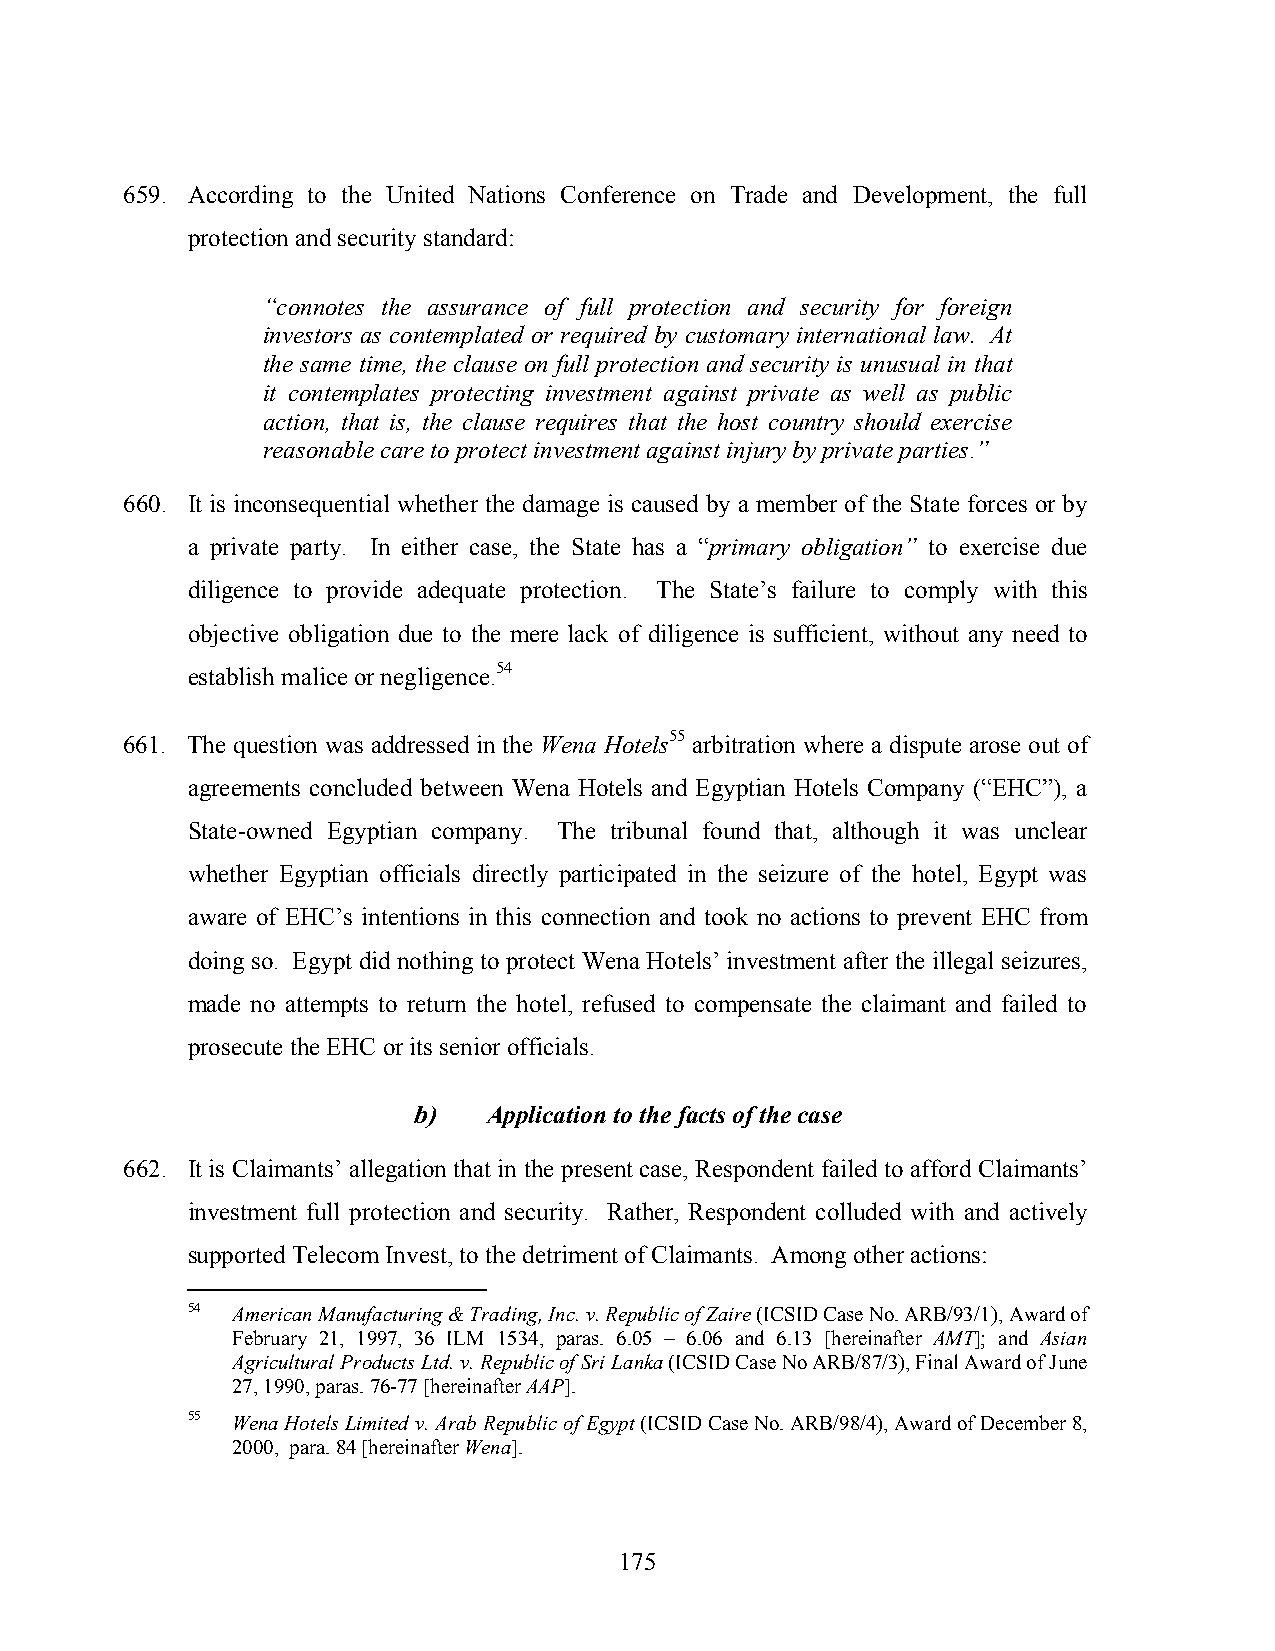
659. According to the United Nations Conference on Trade and Development, the full
 protection and security standard:
 “connotes the assurance of full protection and security for foreign
 investors as contemplated or required by customary international law. At
 the same time, the clause on full protection and security is unusual in that
 it contemplates protecting investment against private as well as public
 action, that is, the clause requires that the host country should exercise
 reasonable care to protect investment against injury by private parties.”
 660. It is inconsequential whether the damage is caused by a member of the State forces or by
 a private party. In either case, the State has a “primary obligation” to exercise due
 diligence to provide adequate protection. The State’s failure to comply with this
 objective obligation due to the mere lack of diligence is sufficient, without any need to
 establish malice or negligence.54
 661. The question was addressed in the Wena Hotels55 arbitration where a dispute arose out of
 agreements concluded between Wena Hotels and Egyptian Hotels Company (“EHC”), a
 State-owned Egyptian company. The tribunal found that, although it was unclear
 whether Egyptian officials directly participated in the seizure of the hotel, Egypt was
 aware of EHC’s intentions in this connection and took no actions to prevent EHC from
 doing so. Egypt did nothing to protect Wena Hotels’ investment after the illegal seizures,
 made no attempts to return the hotel, refused to compensate the claimant and failed to
 prosecute the EHC or its senior officials.
 b)   Application to the facts of the case
 662. It is Claimants’ allegation that in the present case, Respondent failed to afford Claimants’
 investment full protection and security. Rather, Respondent colluded with and actively
 supported Telecom Invest, to the detriment of Claimants. Among other actions:
 54 American Manufacturing & Trading, Inc. v. Republic of Zaire (ICSID Case No. ARB/93/1), Award of
 February 21, 1997, 36 ILM 1534, paras. 6.05 – 6.06 and 6.13 [hereinafter AMT]; and Asian
 Agricultural Products Ltd. v. Republic of Sri Lanka (ICSID Case No ARB/87/3), Final Award of June
 27, 1990, paras. 76-77 [hereinafter AAP].
 55 Wena Hotels Limited v. Arab Republic of Egypt (ICSID Case No. ARB/98/4), Award of December 8,
 2000, para. 84 [hereinafter Wena].
 175